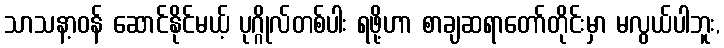
သာသနာ့ဝန် ဆောင်နိုင်မယ့် ပုဂ္ဂိုလ်တစ်ပါး ရဖို့ဟာ စာချဆရာတော်တိုင်းမှာ မလွယ်ပါဘူး,